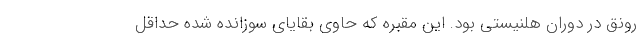
رونق در دوران هلنیستی بود. این مقبره که حاوی بقایای سوزانده شده حداقل